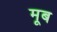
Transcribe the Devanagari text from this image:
मूब